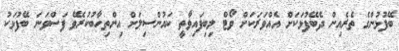
ބޭފުޅުންގެ ތެރެއިން ދެބޭފުޅަކަށް އެއްވަރަކަށް ވޯޓް ލިބިފައިވާތީ ކައުންސިލަށް އިންތިހާބުކުރެވޭ ފަސްވަނަ ބޭފުޅަކު